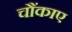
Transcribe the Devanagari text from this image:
चौंकाए